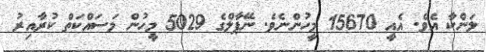
ލަންކާ އެވެ. އެއީ 15670 މީހުންނެވެ. ނޭޕާލްގެ 5029 މީހުން މަސައްކަތް ކުރާއިރު